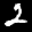
Label: 2